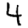
Digit: 4